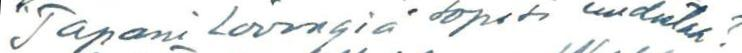
"Tapani Lövengiä" sopisi uudistaa?